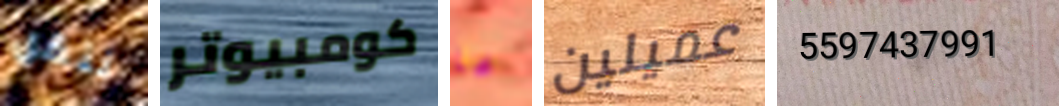
ننقل كومبيوتر ما عميلين 5597437991